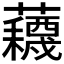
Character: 𫊕